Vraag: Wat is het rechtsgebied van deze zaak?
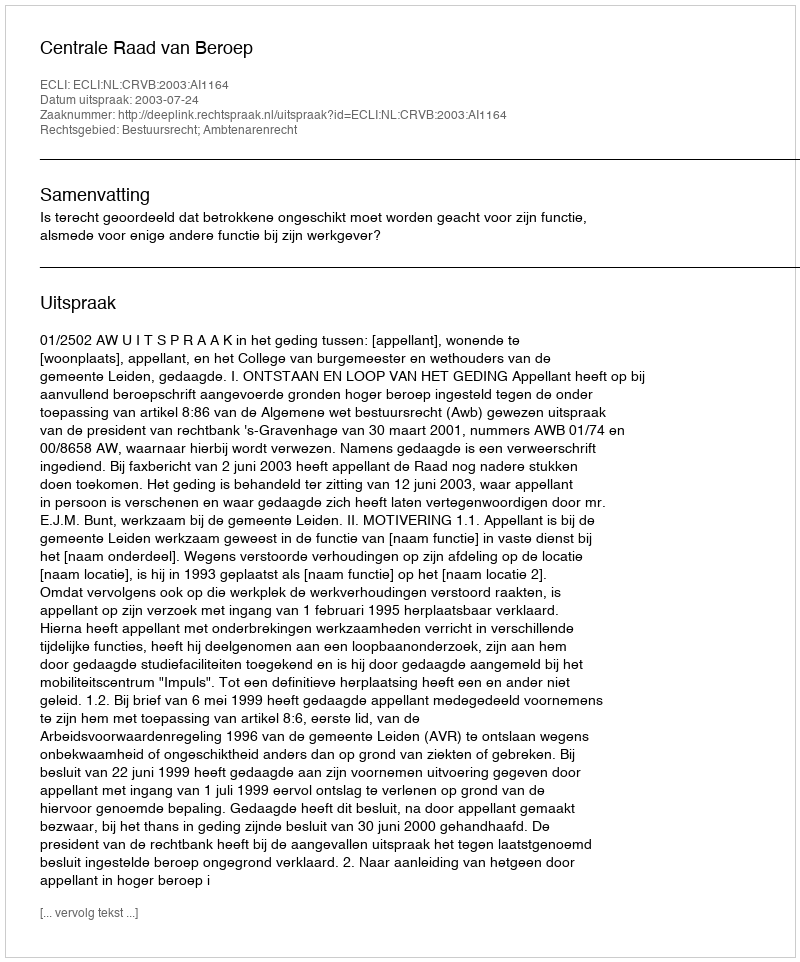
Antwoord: Bestuursrecht; Ambtenarenrecht